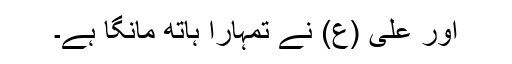
اور علی (ع) نے تمہارا ہاتھ مانگا ہے۔